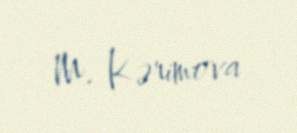
M. Kərimova